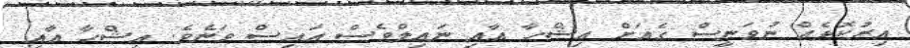
އިރުކޮޅެއް ނުވަނީސް ގެއަށް އިޝްހާ އާއި ނައިލްވެސް އައިސް ވަނެވެ. އިޝްހާ އާއި